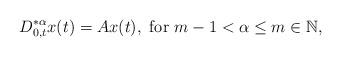
LaTeX: \begin{align*}D^{* \alpha}_{0,t}x(t)=Ax(t), \mbox{ for } m-1 < \alpha \le m \in \mathbb{N},\end{align*}